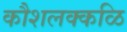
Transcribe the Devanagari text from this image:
कौशलक्कळि